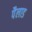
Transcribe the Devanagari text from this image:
पैलाड